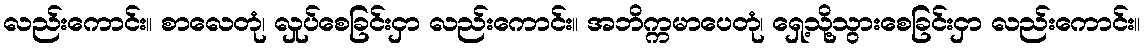
လည်းကောင်း။ စာလေတုံ၊ လှုပ်စေခြင်းငှာ လည်းကောင်း။ အဘိက္ကမာပေတုံ၊ ရှေ့သို့သွားစေခြင်းငှာ လည်းကောင်း။